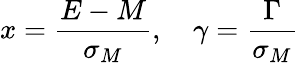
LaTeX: x=\frac{E-M}{\sigma_{M}},~~~~\gamma=\frac{\Gamma}{\sigma_{M}}